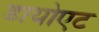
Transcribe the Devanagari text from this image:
डायोएट